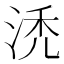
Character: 𰛯